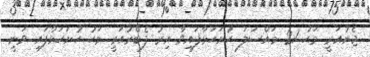
ޖެނުއަރީ މަހު 21 މައްސަލަ ހުށަހަޅާފައިވާ އިރު ފެބްރުއަރީ މަހު ހުށަހަޅާފައި ވަނީ